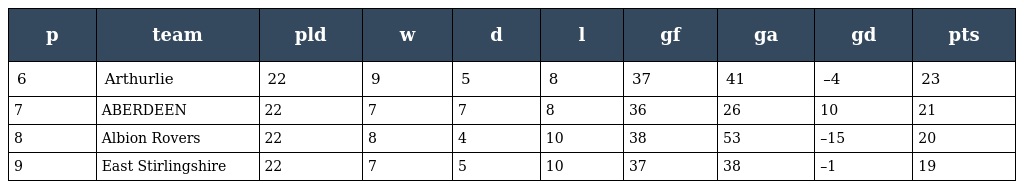
| p | team | pld | w | d | l | gf | ga | gd | pts |
 | --- | --- | --- | --- | --- | --- | --- | --- | --- | --- |
 | 6 | Arthurlie | 22 | 9 | 5 | 8 | 37 | 41 | –4 | 23 |
 | 7 | ABERDEEN | 22 | 7 | 7 | 8 | 36 | 26 | 10 | 21 |
 | 8 | Albion Rovers | 22 | 8 | 4 | 10 | 38 | 53 | –15 | 20 |
 | 9 | East Stirlingshire | 22 | 7 | 5 | 10 | 37 | 38 | –1 | 19 |